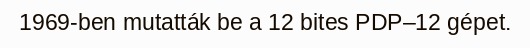
1969-ben mutatták be a 12 bites PDP–12 gépet.